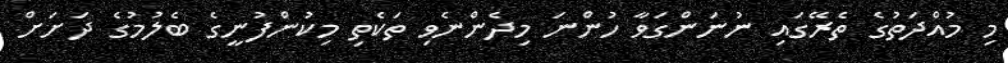
މި މުއްދަތުގެ ތެރޭގައި ނުނަންގަވާ ހުންނަ މިދެންނެވި ތަކެތި މިކުންފުނީގެ ބެލުމުގެ ދަށަށް